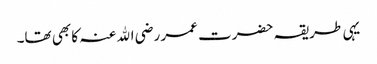
یہی طریقہ حضرت عمر رضی اﷲ عنہ کا بھی تھا۔